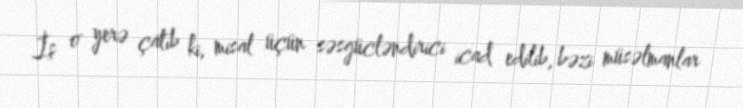
İş o yerə çatıb ki, misal üçün səsgücləndirici icad edilib, bəzi müsəlmanlar